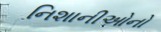
નિશાનીઓનો